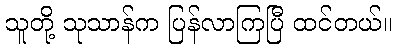
သူတို့ သုသာန်က ပြန်လာကြပြီ ထင်တယ်။